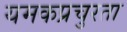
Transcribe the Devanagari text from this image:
यमकप्रचुरता